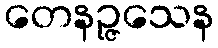
တေနဉ္ဇသေန